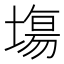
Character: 塲